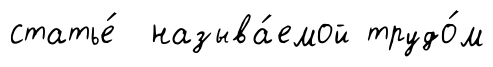
статье́ называ́емой трудо́м